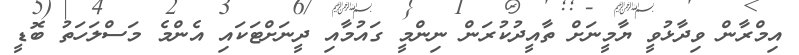
އިމްރާން ވިދާޅުވީ ޔާމީނަށް ތާއީދުކުރަން ނިންމީ ގައުމާއި ދީނަށްޓަކައި އެންމެ މަސްލަހަތު ބޮޑީ